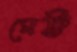
মেট্ট